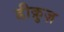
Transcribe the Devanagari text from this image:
डीक्रुज़